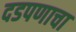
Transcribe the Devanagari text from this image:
दडपणाचा